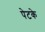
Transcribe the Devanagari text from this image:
पेटके